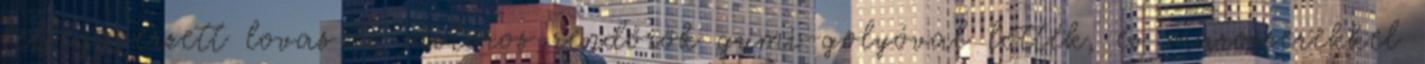
felfegyverzett lovas és motoros rendőrök gumi-golyóval lőtték, és marószerekkel